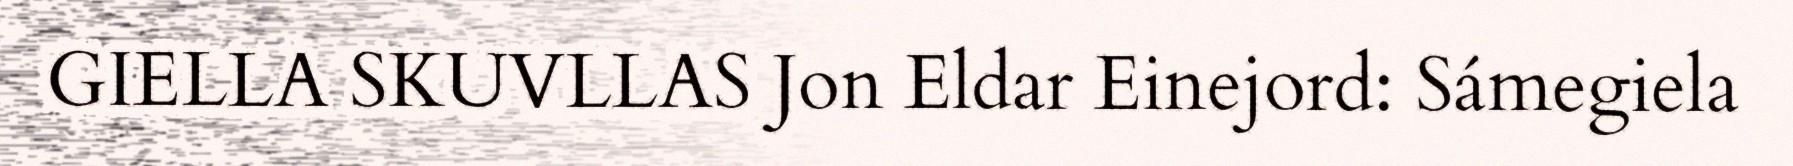
GIELLA SKUVLLAS Jon Eldar Einejord: Sámegiela